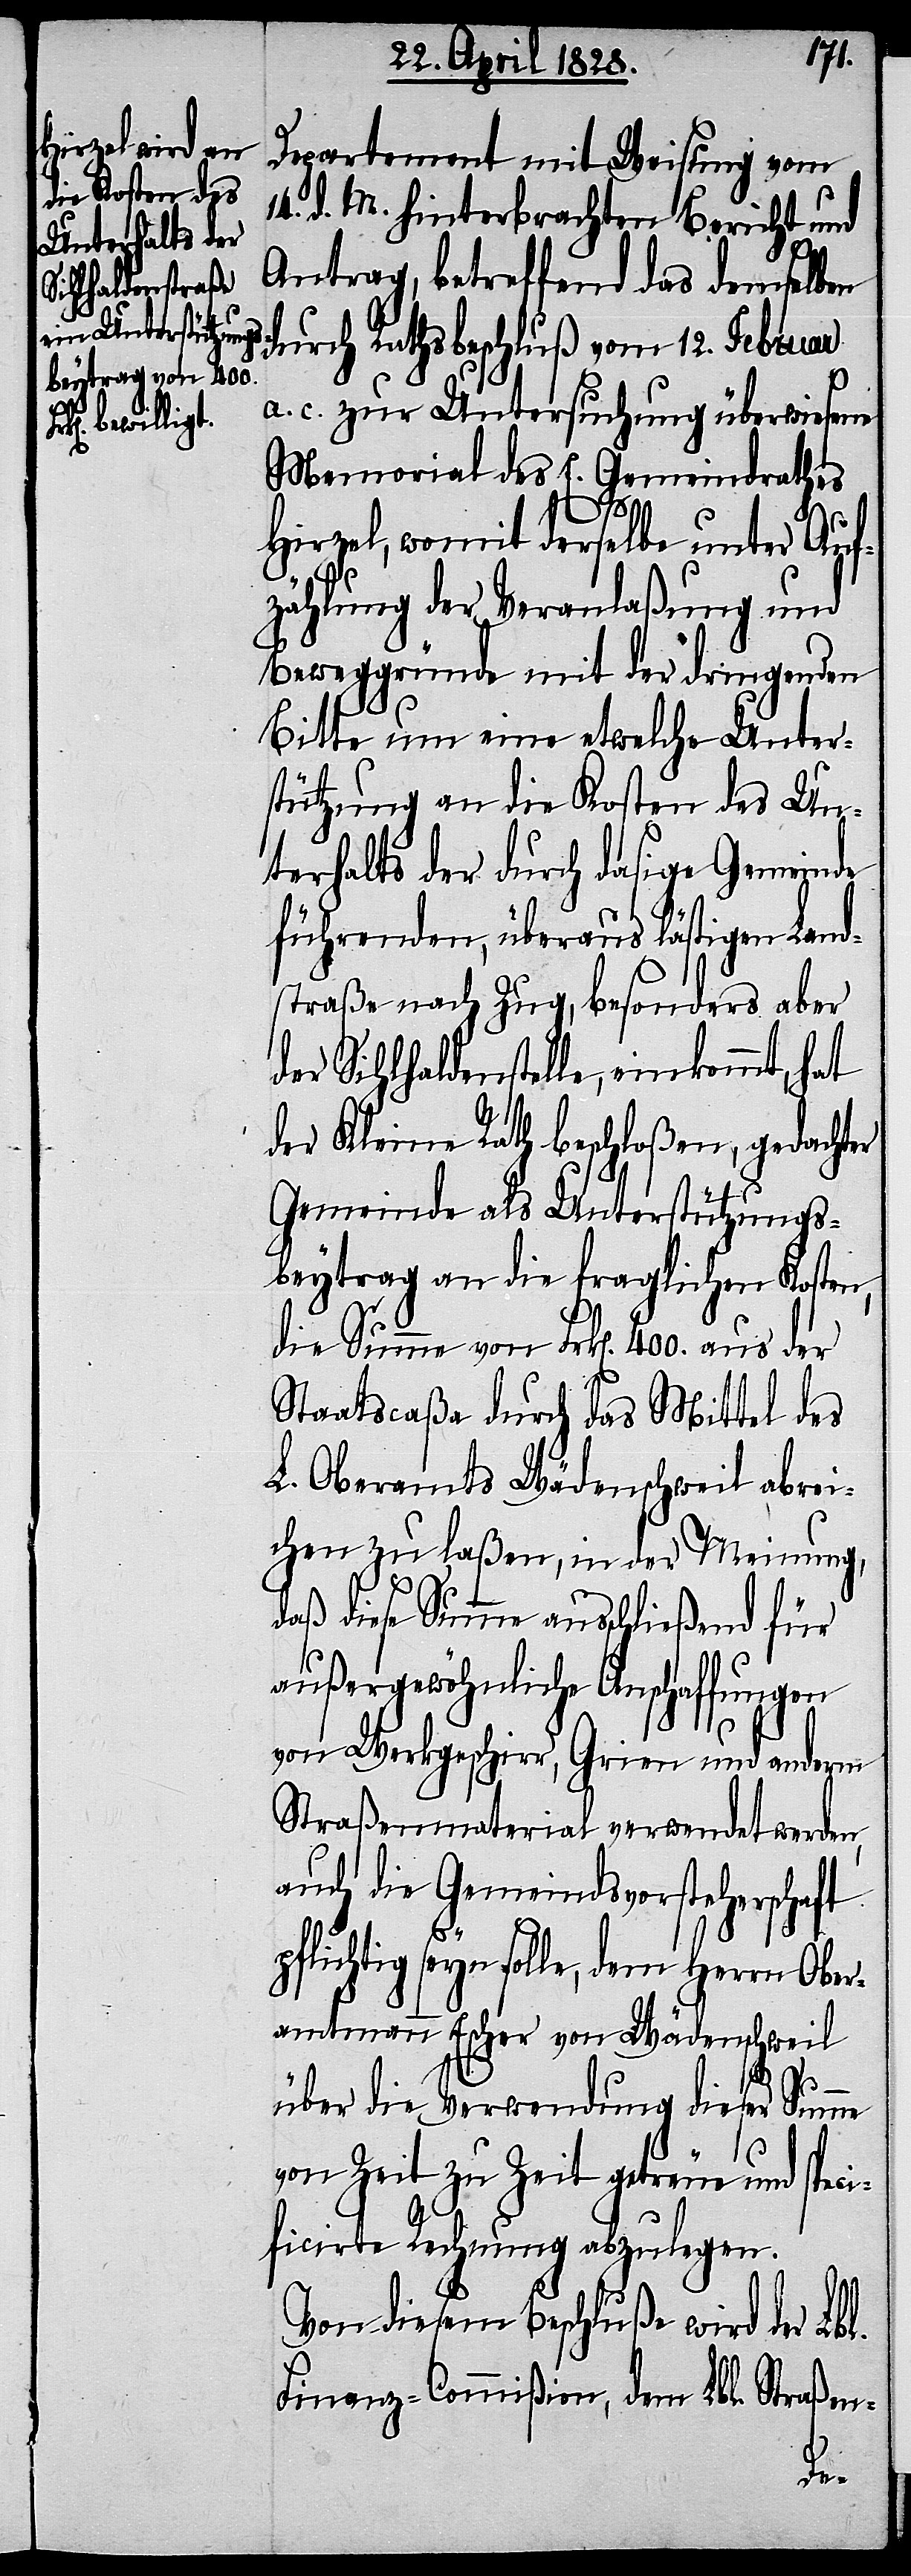
Departement mit Weisung vom
14. d. M. hinterbrachten Bericht und
Antrag, betreffend das demselben
durch Rathsbeschluß vom 12. Februar
a. c. zur Untersuchung überwiesene
Memorial des E. Gemeindrathes
Hirzel, womit derselbe unter Auf¬
zählung der Veranlaßung und
Beweggründe mit der dringenden
Bitte um eine etwelche Unter¬
stützung an die Kosten des Un¬
terhalts der durch dasige Gemeinde
führenden, überaus lästigen Land¬
straße nach Zug, besonders aber
der Sihlhaldenstelle, einkommt, hat
der Kleine Rath beschloßen, gedachter
Gemeinde als Unterstützungs¬
beytrag an die fraglichen Kosten,
die Summe von Frk[en]. 400. aus der
Staatscaßa durch das Mittel des
L. Oberamtes Wädenschweil abrei¬
chen zu laßen, in der Meinung,
daß diese Summe ausschließend für
außergewöhnliche Anschaffungen
von Werkgeschirr, Grien und anderm
Straßenmaterial verwendet werden,
auch die Gemeindsvorsteherschaft
pflichtig seyn solle, dem Herrn Ober¬
amtmann Escher von Wädenschweil
über die Verwendung dieser Sum¬
von Zeit zu Zeit getreue und speci¬
ficirte Rechnung abzulegen.
Von diesem Beschluße wird der Lbl.
Finanz-Commißion, dem Lbl. Straßen-
me